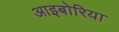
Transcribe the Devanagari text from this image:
आइबोरिया